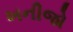
ખનીજો